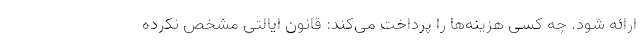
ارائه شود. چه کسی هزینه‌ها را پرداخت می‌کند: قانون ایالتی مشخص نکرده